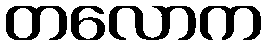
တလောက